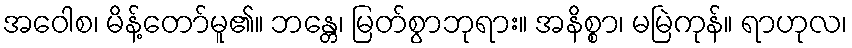
အဝေါစ၊ မိန့်တော်မူ၏။ ဘန္တေ၊ မြတ်စွာဘုရား။ အနိစ္စာ၊ မမြဲကုန်။ ရာဟုလ၊